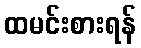
ထမင်းစားရန်